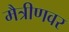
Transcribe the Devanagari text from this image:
मैत्रीणवर